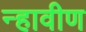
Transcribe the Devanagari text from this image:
न्हावीण